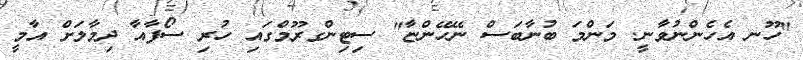
"ހޫނ އެހެންނުވާނީ. މަންމަ ބުނާބަސް ނޭހޭންޏާ" ސިޓިންގރޫމްގައި ހުރި ސޯފާއާ ދިމާލަށް އާމީ